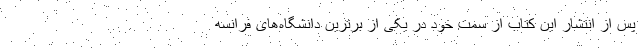
پس از انتشار این کتاب از سمت خود در یکی از برترین دانشگاه‌های فرانسه